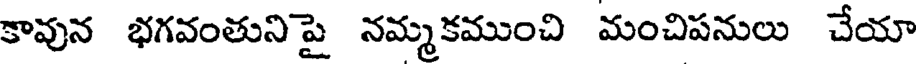
కావున భగవంతునిపై నమ్మకముంచి మంచిపనులు చేయా